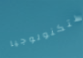
للتكنولوجيا